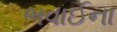
ભવાઈના